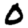
Digit: 0